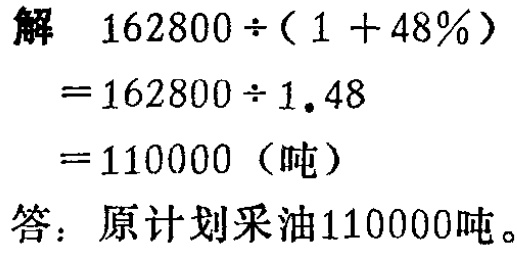
解

\[

\begin{align*}

&162800\div(1 + 48\%)\\

=&162800\div1.48\\

=&110000 \text{（吨）}

\end{align*}

\]

答：原计划采油110000吨。